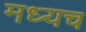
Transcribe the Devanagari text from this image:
मध्यच